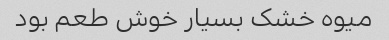
میوه خشک بسیار خوش طعم بود